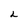
Character: L